Punjab Mental Hospital Lahore 1932-46 - 1932-1946
Year: 1932
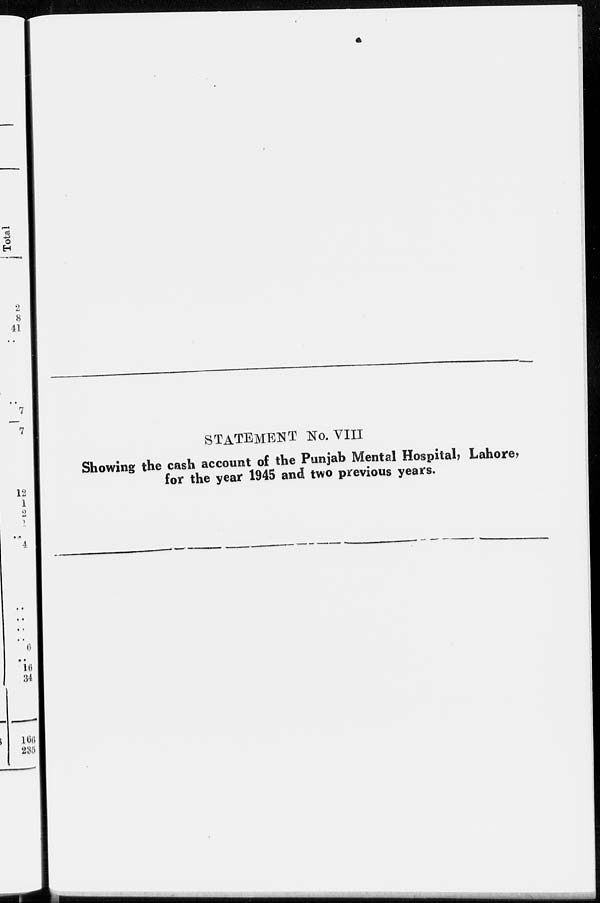
STATEMENT No. VIII
Showing the cash account of the Punjab Mental Hospital, Lahore,
for the year 1945 and two previous years.